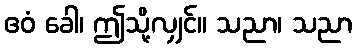
ဧဝံ ခေါ၊ ဤသို့လျှင်။ သညာ၊ သညာ